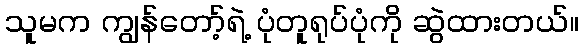
သူမက ကျွန်တော့်ရဲ့ ပုံတူရုပ်ပုံကို ဆွဲထားတယ်။